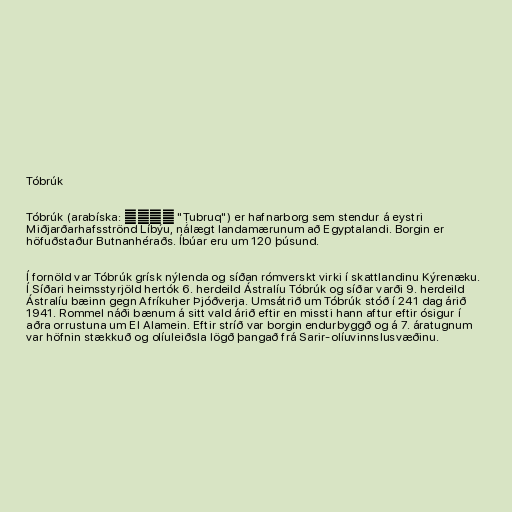
Tóbrúk

Tóbrúk (arabíska: طبرق‎‎ "Ṭubruq") er hafnarborg sem stendur á eystri
Miðjarðarhafsströnd Líbýu, nálægt landamærunum að Egyptalandi. Borgin er
höfuðstaður Butnanhéraðs. Íbúar eru um 120 þúsund.

Í fornöld var Tóbrúk grísk nýlenda og síðan rómverskt virki í skattlandinu Kýrenæku.
Í Síðari heimsstyrjöld hertók 6. herdeild Ástralíu Tóbrúk og síðar varði 9. herdeild
Ástralíu bæinn gegn Afríkuher Þjóðverja. Umsátrið um Tóbrúk stóð í 241 dag árið
1941. Rommel náði bænum á sitt vald árið eftir en missti hann aftur eftir ósigur í
aðra orrustuna um El Alamein. Eftir stríð var borgin endurbyggð og á 7. áratugnum
var höfnin stækkuð og olíuleiðsla lögð þangað frá Sarir-olíuvinnslusvæðinu.